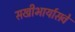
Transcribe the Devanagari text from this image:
सखीभार्यासवे